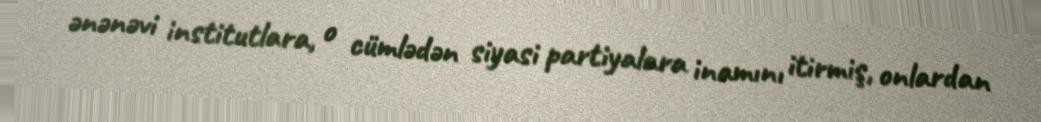
ənənəvi institutlara, o cümlədən siyasi partiyalara inamını itirmiş, onlardan